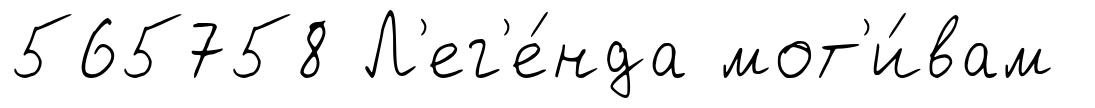
565758 Л'ег'е́нда мот'и́вам